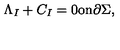
\Lambda _ { I } + C _ { I } = 0 \mathrm { o n } \partial \Sigma ,